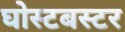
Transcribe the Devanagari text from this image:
घोस्टबस्टर